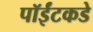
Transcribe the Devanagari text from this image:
पॉईंटकडे